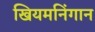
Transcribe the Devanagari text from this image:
खियमनिंगान